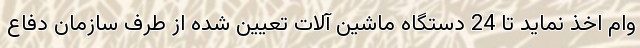
وام اخذ نماید تا 24 دستگاه ماشین آلات تعیین شده از طرف سازمان دفاع